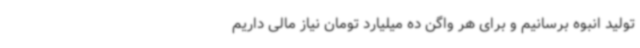
تولید انبوه برسانیم و برای هر واگن ده میلیارد تومان نیاز مالی داریم